Plague in India, 1896, 1897 - Volume 1
Year: 1896
Disease focus: Plague
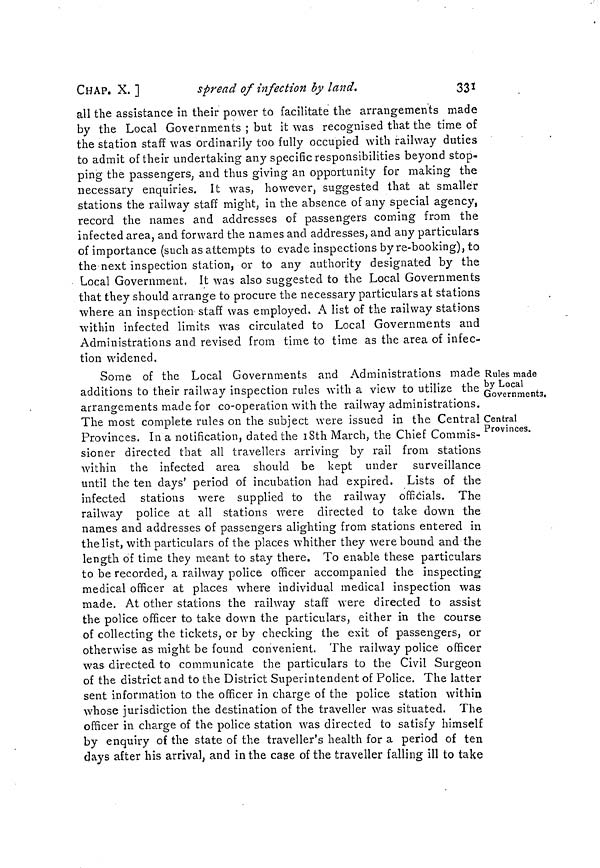
CHAP. X. ]
spread of infection by land.
331
all the assistance in their power to facilitate the arrangements made
by the Local Governments ; but it was recognised that the time of
the station staff was ordinarily too fully occupied with railway duties
to admit of their undertaking any specific responsibilities beyond stop-
ping the passengers, and thus giving an opportunity for making the
necessary enquiries. It was, however, suggested that at smaller
stations the railway staff might, in the absence of any special agency,
record the names and addresses of passengers coming from the
infected area, and forward the names and addresses, and any particulars
of importance (such as attempts to evade inspections by re-booking), to
the next inspection station, or to any authority designated by the
Local Government. It was also suggested to the Local Governments
that they should arrange to procure the necessary particulars at stations
where an inspection staff was employed. A list of the railway stations
within infected limits was circulated to Local Governments and
Administrations and revised from time to time as the area of infec-
tion widened.
Rules made
by Local
Governments,
Central
Provinces.
Some of the Local Governments and Administrations made
additions to their railway inspection rules with a view to utilize the
arrangements made for co-operation with the railway administrations.
The most complete rules on the subject were issued in the Central
Provinces. In a notification, dated the 18th March, the Chief Commis-
sioner directed that all travellers arriving by rail from stations
within the infected area should be kept under surveillance
until the ten days' period of incubation had expired. Lists of the
infected stations were supplied to the railway officials. The
railway police at all stations were directed to take down the
names and addresses of passengers alighting from stations entered in
the list, with particulars of the places whither they were bound and the
length of time they meant to stay there. To enable these particulars
to be recorded, a railway police officer accompanied the inspecting
medical officer at places where individual medical inspection was
made. At other stations the railway staff were directed to assist
the police officer to take down the particulars, either in the course
of collecting the tickets, or by checking the exit of passengers, or
otherwise as might be found convenient. The railway police officer
was directed to communicate the particulars to the Civil Surgeon
of the district and to the District Superintendent of Police. The latter
sent information to the officer in charge of the police station within
whose jurisdiction the destination of the traveller was situated. The
officer in charge of the police station was directed to satisfy himself
by enquiry of the state of the traveller's health for a period of ten
days after his arrival, and in the case of the traveller falling ill to take